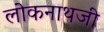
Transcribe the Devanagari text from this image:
लोकनाथजी